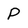
Character: P